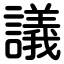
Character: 議